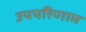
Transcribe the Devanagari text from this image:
उपपरिणाम